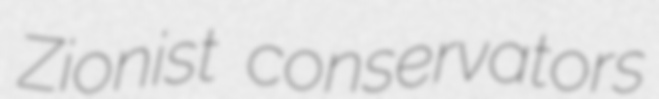
Zionist conservators